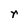
Character: r